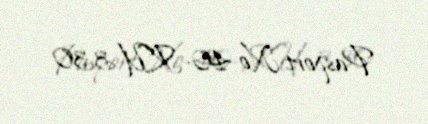
Pasport № 40-KU-330